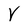
Character: V